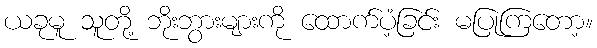
ယခုမူ သူတို့ ဘိုးဘွားများကို ထောက်ပံ့ခြင်း မပြုကြတော့။